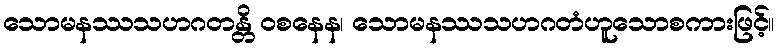
သောမနဿသဟဂတန္တိ ဝစနေန၊ သောမနဿသဟဂတံဟူသောစကားဖြင့်။